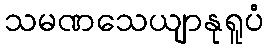
သမဏသေယျာနုရူပံ